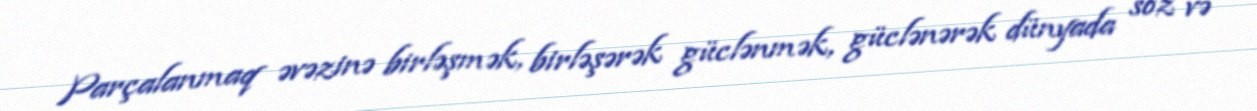
Parçalanmaq əvəzinə birləşmək, birləşərək güclənmək, güclənərək dünyada söz və